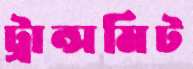
ট্রান্সমিট